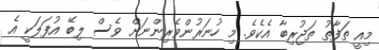
މިއީ ތަފާތު ތަޖުރިބާ އެކެވެ. މި ހުނަރުންވެރިންނަށް ވެސް ލިބޭ އުފަލަކީ އެ